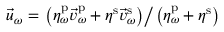
\vec { u } _ { \omega } = \left. \left( \eta _ { \omega } ^ { \mathrm { p } } \vec { v } _ { \omega } ^ { \mathrm { p } } + \eta ^ { \mathrm { s } } \vec { v } _ { \omega } ^ { \mathrm { s } } \right) \right/ \left( \eta _ { \omega } ^ { \mathrm { p } } + \eta ^ { \mathrm { s } } \right)